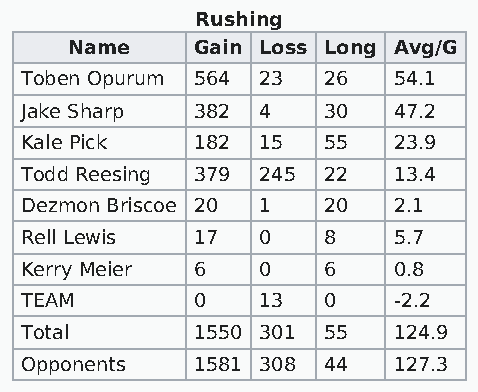
Rushing
 Name     Gain Loss Long Avg/G
 Toben Opurum 564 23 26   54.1
 Jake Sharp  382 4   30   47.2
 Kale Pick   182 15  55   23.9
 Todd Reesing 379 245 22  13.4
 Dezmon Briscoe 20 1 20   2.1
 Rell Lewis  17  0   8    5.7
 Kerry Meier 6   0   6    0.8
 TEAM        0   13  0    -2.2
 Total       1550 301 55  124.9
 Opponents   1581 308 44  127.3